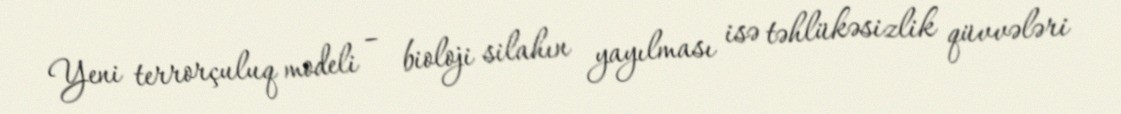
Yeni terrorçuluq modeli – bioloji silahın yayılması isə təhlükəsizlik qüvvələri